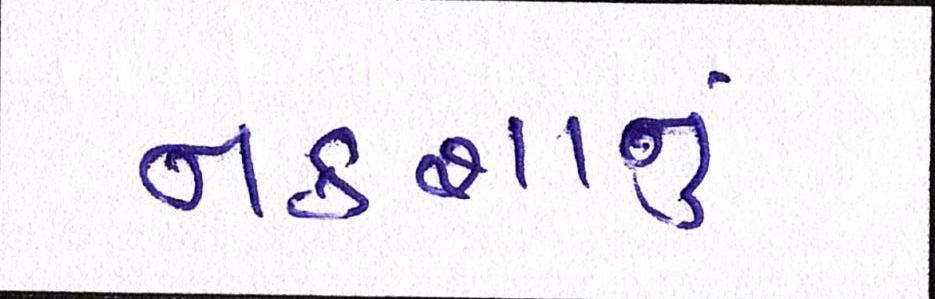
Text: નકશાનું